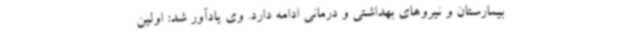
بیمارستان و نیروهای بهداشتی و درمانی ادامه‌ دارد. وی یادآور شد: اولین